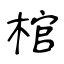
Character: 棺